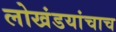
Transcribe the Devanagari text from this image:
लोखंडयांचाच